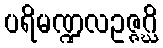
ပရိမဏ္ဍလဥဇ္ဇဂ္ဃိ